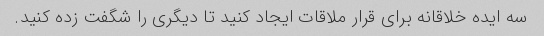
سه ایده خلاقانه برای قرار ملاقات ایجاد کنید تا دیگری را شگفت زده کنید.